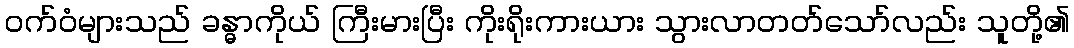
ဝက်ဝံများသည် ခန္ဓာကိုယ် ကြီးမားပြီး ကိုးရိုးကားယား သွားလာတတ်သော်လည်း သူတို့၏